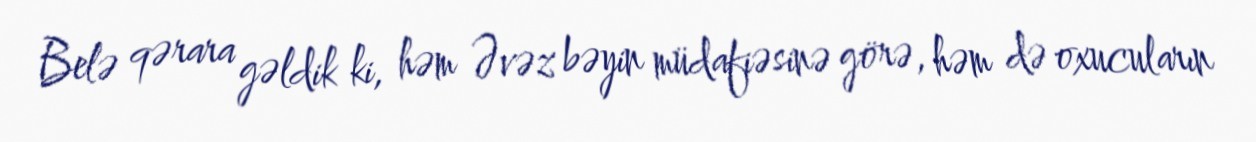
Belə qərara gəldik ki, həm Əvəz bəyin müdafiəsinə görə, həm də oxucuların